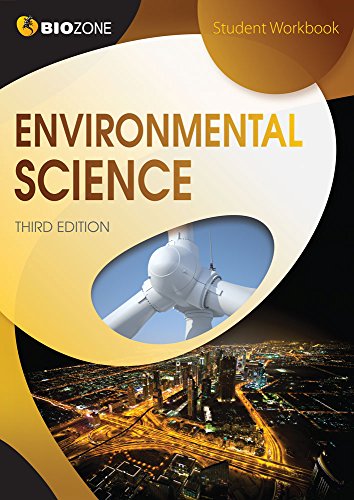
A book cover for Environmental Science (3rd Edition) Student Workbook; Tracey Greenwood; Children's Books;